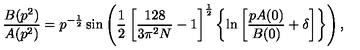
\frac { B ( p ^ { 2 } ) } { A ( p ^ { 2 } ) } = p ^ { - \frac { 1 } { 2 } } \sin \left( \frac { 1 } { 2 } \left[ \frac { 1 2 8 } { 3 \pi ^ { 2 } N } - 1 \right] ^ { \frac { 1 } { 2 } } \left\{ \ln \left[ \frac { p A ( 0 ) } { B ( 0 ) } + \delta \right] \right\} \right) ,